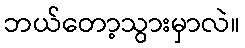
ဘယ်တော့သွားမှာလဲ။